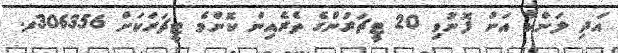
އަދި ލަންކާ އަށް ފޮނުވި 20 ޓީޗަރުންގެ ތެރެއިން ކޮންމެ ޓީޗަރަކަށް 306356ރ.